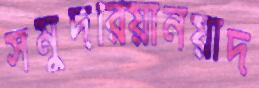
সমুদরিয়ানয়াদ